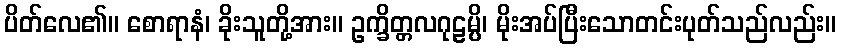
ပိတ်လေ၏။ စောရာနံ၊ ခိုးသူတို့အား။ ဥက္ခိတ္တလဂုဠမ္ပိ၊ မိုးအပ်ပြီးသောတင်းပုတ်သည်လည်း။